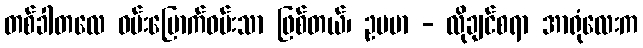
တစ်ခါတလေ ဝမ်းမြောက်ဝမ်းသာ ဖြစ်တယ်၊ ဥပမာ - လိုချင်စရာ အာရုံလေးက